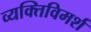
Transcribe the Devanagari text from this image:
व्यक्तिविमर्श